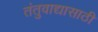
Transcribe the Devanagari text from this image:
तंतुवाद्यासाठी